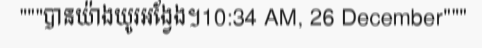
"""បានយ៉ាងយូរអង្វែង។10:34 AM, 26 December"""